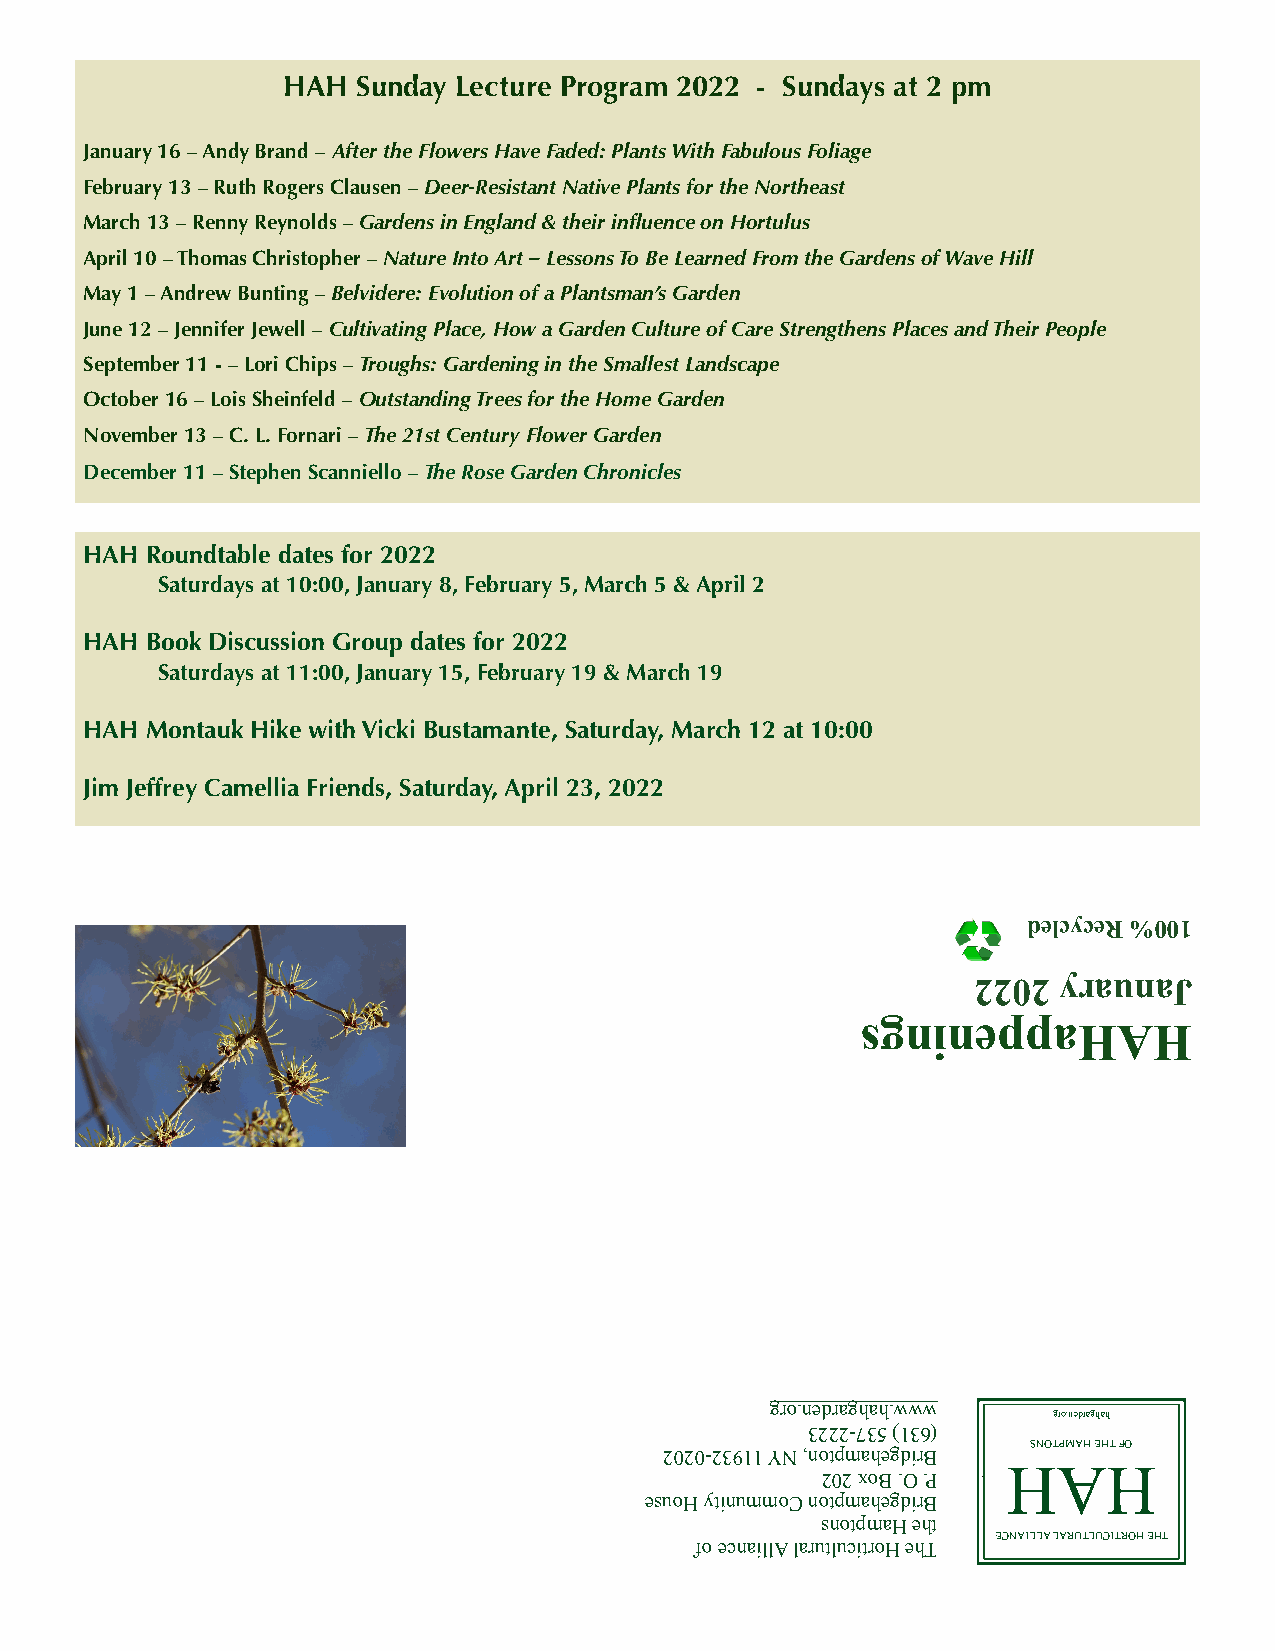
HAH  Sunday Lecture Program 2022 - Sundays at 2 pm
 January 16 – Andy Brand – After the Flowers Have Faded: Plants With Fabulous Foliage
 February 13 – Ruth Rogers Clausen – Deer-Resistant Native Plants for the Northeast
 March 13 – Renny Reynolds – Gardens in England & their influence on Hortulus
 April 10 – Thomas Christopher – Nature Into Art – Lessons To Be Learned From the Gardens of Wave Hill
 May 1 – Andrew Bunting – Belvidere: Evolution of a Plantsman’s Garden
 June 12 – Jennifer Jewell – Cultivating Place, How a Garden Culture of Care Strengthens Places and Their People
 September 11 - – Lori Chips – Troughs: Gardening in the Smallest Landscape
 October 16 – Lois Sheinfeld – Outstanding Trees for the Home Garden
 November 13 – C. L. Fornari – The 21st Century Flower Garden
 December 11 – Stephen Scanniello – The Rose Garden Chronicles
 HAH Roundtable dates for 2022
 Saturdays at 10:00, January 8, February 5, March 5 & April 2
 HAH Book Discussion Group dates for 2022
 Saturdays at 11:00, January 15, February 19 & March 19
 HAH Montauk Hike with Vicki Bustamante, Saturday, March 12 at 10:00
 Jim Jeffrey Camellia Friends, Saturday, April 23, 2022
 ♻
 delcyceR %001
 2202  yraunaJ
 sgnineppaHAH
 gro.nedraghah.www
 gro.nedraghah
 3222-735 )136(           !!
 SNOTPMAH EHT FO
 2020-23911 YN ,notpmahegdirB
 HAH
 202 xoB .O .P
 esuoH ytinummoC notpmahegdirB
 snotpmaH eht
 ECNAILLA LARUTLUCITROH EHT
 fo ecnaillA larutlucitroH ehT   !
 !
 !